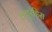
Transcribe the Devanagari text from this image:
क्यूरंडिस